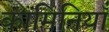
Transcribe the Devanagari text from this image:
कामिनियाँ